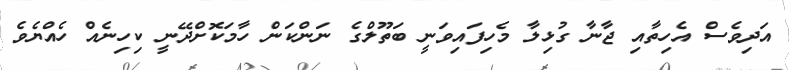
އަދިވެސް އެހިތާއި ޖާނާ ގުޅިލާ މެހިފައިވަނީ ބަތޫލްގެ ނަންކަން ހާމަކޮށްދޭނީ ކިހިނެއް ހެއްޔެވެ